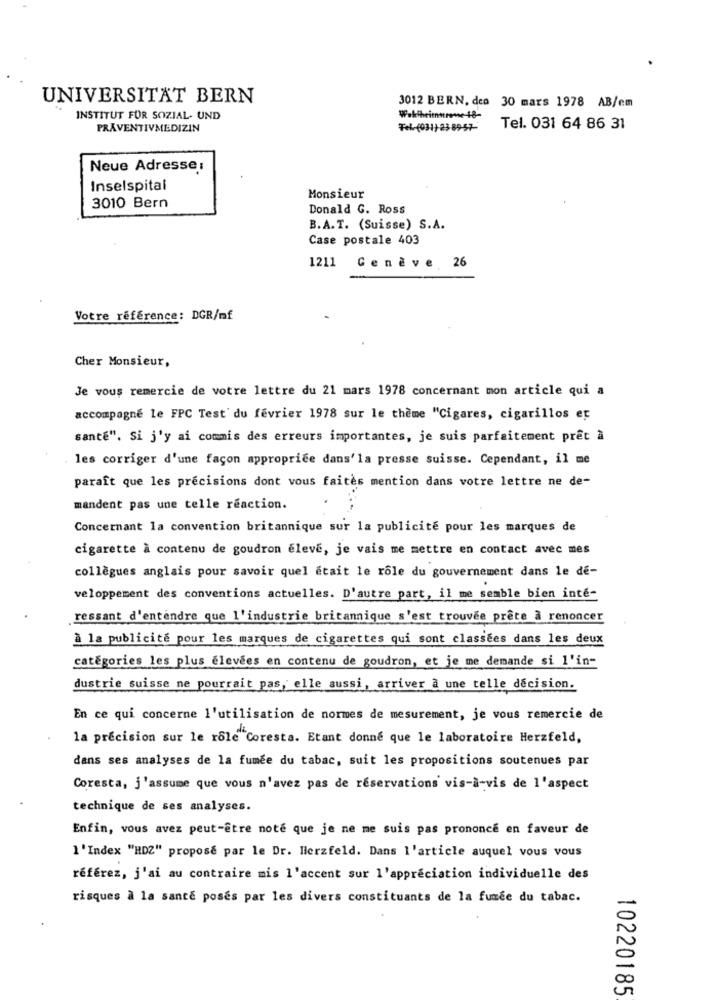
UNIVERSITÄT BERN
3012 BERN, dea 30 mars 1978 AB/cm
INSTITUT FÜR SOZIAL- UND
PRÄVENTIVMEDIZIN
Fel (031) 238957-
Tel. 031 64 86 31
Neue Adresse:
Inselspital
Monsieur
3010 Bern
Donald G. Ross
B.A.T. (Suisse) S.A.
Case postale 403
1211 Genève 26
Votre référence: DGR/mf
Cher Monsieur,
Je vous remercie de votre lettre du 21 mars 1978 concernant mon article qui a
accompagne le FPC Test' du fevrier 1978 sur le thème "Cigares, cigarillos er
santé". Si j'y ai commis des erreurs importantes, je suis parfaitement prêt à
les corriger d'une façon approprice dans'la presse suisse. Cependant, il me
paraît que les precisions dont vous faites mention dans votre lettre ne de-
mandent pas une telle reaction.
Concernant la convention britannique sur la publicité pour les marques de
cigarette à contenu de goudron élevé, je vais me mettre en contact avec mes
collègues anglais pour savoir quel était le rôle du gouvernement dans le dé-
veloppement des conventions actuelles. D'autre part, il me semble bien inte-
.ressant d'entendre que l'industrie britannique s'est trouvee prête à renoncer
à la publicité pour les marques de cigarettes qui sont classées dans les deux
catégories les plus élevées en contenu de goudron, et je me demande si l'in-
dustrie suisse ne pourrait pas, elle aussi, arriver a une telle decision.
En ce qui concerne l'utilisation de normes de mesurement, je vous remercie de
la precision sur le rôle Coresta. Etant donne que le laboratoire Herzfeld,
dans ses analyses de la fumée du tabac, suit les propositions soutenues par
Coresta, j'assume que vous n'avez pas de réservations vis-à-vis de l'aspect
technique de ses analyses.
Enfin, vous avez peut-être noté que je ne me suis pas prononce en faveur de
l'Index "HDZ" propose par le Dr. Herzfeld. Dans l'article auquel vous vous
référez, j'ai au contraire mis l'accent sur l'appréciation individuelle des
risques à la sante poses par les divers constituants de la fumée du tabac.
10220185